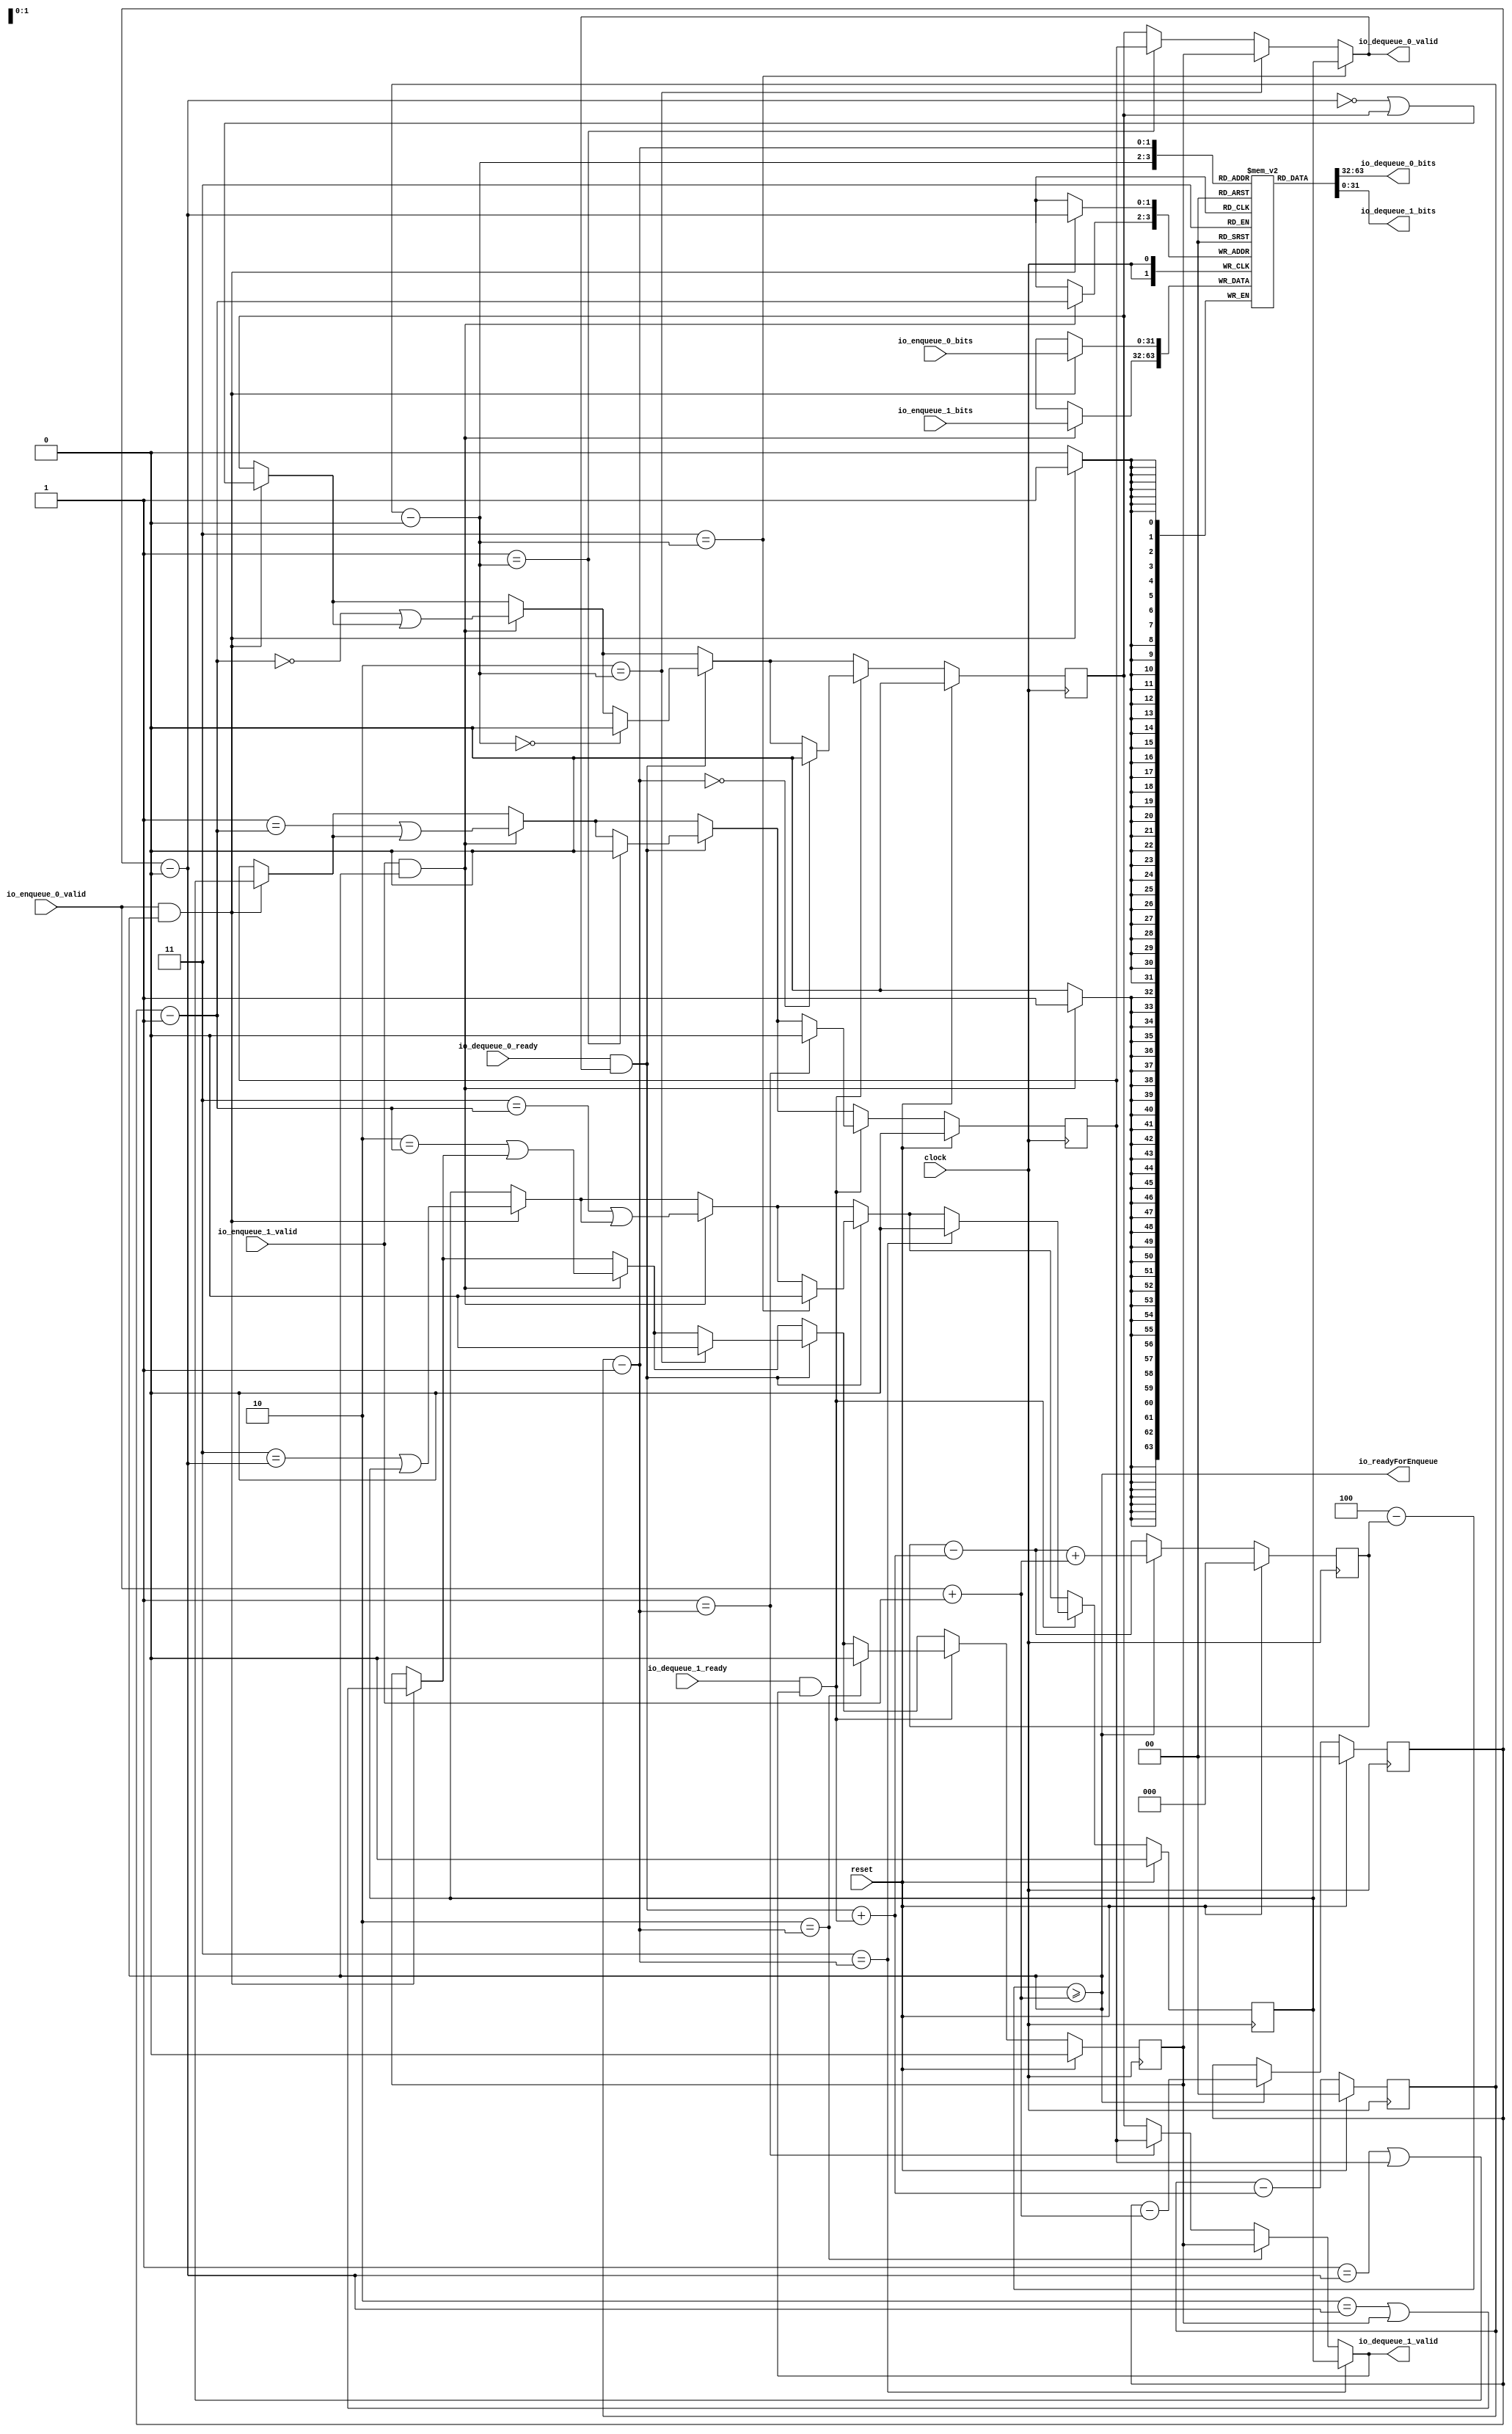
module InstructionFIFO(
  input         clock,
  input         reset,
  input         io_enqueue_0_valid,
  input  [31:0] io_enqueue_0_bits,
  input         io_enqueue_1_valid,
  input  [31:0] io_enqueue_1_bits,
  output        io_readyForEnqueue,
  input         io_dequeue_0_ready,
  output        io_dequeue_0_valid,
  output [31:0] io_dequeue_0_bits,
  input         io_dequeue_1_ready,
  output        io_dequeue_1_valid,
  output [31:0] io_dequeue_1_bits
);
`ifdef RANDOMIZE_MEM_INIT
  reg [31:0] _RAND_0;
`endif // RANDOMIZE_MEM_INIT
`ifdef RANDOMIZE_REG_INIT
  reg [31:0] _RAND_1;
  reg [31:0] _RAND_2;
  reg [31:0] _RAND_3;
  reg [31:0] _RAND_4;
  reg [31:0] _RAND_5;
  reg [31:0] _RAND_6;
  reg [31:0] _RAND_7;
`endif // RANDOMIZE_REG_INIT
  reg [31:0] dataArray [0:3]; // @[InstructionFIFO.scala 44:23]
  wire [31:0] dataArray__T_17_data; // @[InstructionFIFO.scala 44:23]
  wire [1:0] dataArray__T_17_addr; // @[InstructionFIFO.scala 44:23]
  wire [31:0] dataArray__T_20_data; // @[InstructionFIFO.scala 44:23]
  wire [1:0] dataArray__T_20_addr; // @[InstructionFIFO.scala 44:23]
  wire [31:0] dataArray__T_24_data; // @[InstructionFIFO.scala 44:23]
  wire [1:0] dataArray__T_24_addr; // @[InstructionFIFO.scala 44:23]
  wire  dataArray__T_24_mask; // @[InstructionFIFO.scala 44:23]
  wire  dataArray__T_24_en; // @[InstructionFIFO.scala 44:23]
  wire [31:0] dataArray__T_39_data; // @[InstructionFIFO.scala 44:23]
  wire [1:0] dataArray__T_39_addr; // @[InstructionFIFO.scala 44:23]
  wire  dataArray__T_39_mask; // @[InstructionFIFO.scala 44:23]
  wire  dataArray__T_39_en; // @[InstructionFIFO.scala 44:23]
  reg [2:0] size; // @[InstructionFIFO.scala 40:24]
  reg [1:0] headPTR; // @[InstructionFIFO.scala 41:24]
  reg [1:0] tailPTR; // @[InstructionFIFO.scala 42:24]
  reg  validArray_0; // @[InstructionFIFO.scala 45:27]
  reg  validArray_1; // @[InstructionFIFO.scala 45:27]
  reg  validArray_2; // @[InstructionFIFO.scala 45:27]
  reg  validArray_3; // @[InstructionFIFO.scala 45:27]
  wire [1:0] _T_2 = {io_enqueue_1_valid,io_enqueue_0_valid}; // @[InstructionFIFO.scala 54:38]
  wire  numOfEnqueueRequests = _T_2[0] + _T_2[1]; // @[InstructionFIFO.scala 54:87]
  wire [2:0] spaceLeft = 3'h4 - size; // @[InstructionFIFO.scala 57:30]
  wire [2:0] _GEN_59 = {{2'd0}, numOfEnqueueRequests}; // @[InstructionFIFO.scala 60:44]
  wire  enqueueReady = spaceLeft >= _GEN_59; // @[InstructionFIFO.scala 60:44]
  wire [1:0] _T_52 = headPTR - 2'h0; // @[InstructionFIFO.scala 93:56]
  wire  _GEN_35 = 2'h1 == _T_52 ? validArray_1 : validArray_0; // @[InstructionFIFO.scala 93:34]
  wire  _GEN_36 = 2'h2 == _T_52 ? validArray_2 : _GEN_35; // @[InstructionFIFO.scala 93:34]
  wire  dequeueResponseValidArray_0 = 2'h3 == _T_52 ? validArray_3 : _GEN_36; // @[InstructionFIFO.scala 93:34]
  wire  _T_9 = dequeueResponseValidArray_0 & io_dequeue_0_ready; // @[InstructionFIFO.scala 68:182]
  wire [1:0] _T_57 = headPTR - 2'h1; // @[InstructionFIFO.scala 93:56]
  wire  _GEN_47 = 2'h1 == _T_57 ? validArray_1 : validArray_0; // @[InstructionFIFO.scala 93:34]
  wire  _GEN_48 = 2'h2 == _T_57 ? validArray_2 : _GEN_47; // @[InstructionFIFO.scala 93:34]
  wire  dequeueResponseValidArray_1 = 2'h3 == _T_57 ? validArray_3 : _GEN_48; // @[InstructionFIFO.scala 93:34]
  wire  _T_10 = dequeueResponseValidArray_1 & io_dequeue_1_ready; // @[InstructionFIFO.scala 68:182]
  wire [1:0] _T_11 = {{1'd0}, _T_9}; // @[InstructionFIFO.scala 68:229]
  wire  _T_14 = _T_11[0] + _T_10; // @[InstructionFIFO.scala 68:229]
  wire  _T_21 = io_enqueue_0_valid & enqueueReady; // @[InstructionFIFO.scala 84:38]
  wire [1:0] _T_23 = tailPTR - 2'h0; // @[InstructionFIFO.scala 85:25]
  wire  _GEN_1 = 2'h1 == _T_23 ? validArray_1 : validArray_0; // @[InstructionFIFO.scala 86:14]
  wire  _GEN_2 = 2'h2 == _T_23 ? validArray_2 : _GEN_1; // @[InstructionFIFO.scala 86:14]
  wire  _GEN_3 = 2'h3 == _T_23 ? validArray_3 : _GEN_2; // @[InstructionFIFO.scala 86:14]
  wire  _T_27 = ~_GEN_3; // @[InstructionFIFO.scala 86:14]
  wire  _T_29 = _T_27 | reset; // @[InstructionFIFO.scala 86:13]
  wire  _T_30 = ~_T_29; // @[InstructionFIFO.scala 86:13]
  wire  _T_32 = io_enqueue_0_valid | reset; // @[InstructionFIFO.scala 87:13]
  wire  _T_33 = ~_T_32; // @[InstructionFIFO.scala 87:13]
  wire  _GEN_60 = 2'h0 == _T_23; // @[InstructionFIFO.scala 88:33]
  wire  _GEN_4 = _GEN_60 | validArray_0; // @[InstructionFIFO.scala 88:33]
  wire  _GEN_61 = 2'h1 == _T_23; // @[InstructionFIFO.scala 88:33]
  wire  _GEN_5 = _GEN_61 | validArray_1; // @[InstructionFIFO.scala 88:33]
  wire  _GEN_62 = 2'h2 == _T_23; // @[InstructionFIFO.scala 88:33]
  wire  _GEN_6 = _GEN_62 | validArray_2; // @[InstructionFIFO.scala 88:33]
  wire  _GEN_63 = 2'h3 == _T_23; // @[InstructionFIFO.scala 88:33]
  wire  _GEN_7 = _GEN_63 | validArray_3; // @[InstructionFIFO.scala 88:33]
  wire  _GEN_13 = _T_21 ? _GEN_4 : validArray_0; // @[InstructionFIFO.scala 84:55]
  wire  _GEN_14 = _T_21 ? _GEN_5 : validArray_1; // @[InstructionFIFO.scala 84:55]
  wire  _GEN_15 = _T_21 ? _GEN_6 : validArray_2; // @[InstructionFIFO.scala 84:55]
  wire  _GEN_16 = _T_21 ? _GEN_7 : validArray_3; // @[InstructionFIFO.scala 84:55]
  wire  _T_36 = io_enqueue_1_valid & enqueueReady; // @[InstructionFIFO.scala 84:38]
  wire [1:0] _T_38 = tailPTR - 2'h1; // @[InstructionFIFO.scala 85:25]
  wire  _GEN_18 = 2'h1 == _T_38 ? validArray_1 : validArray_0; // @[InstructionFIFO.scala 86:14]
  wire  _GEN_19 = 2'h2 == _T_38 ? validArray_2 : _GEN_18; // @[InstructionFIFO.scala 86:14]
  wire  _GEN_20 = 2'h3 == _T_38 ? validArray_3 : _GEN_19; // @[InstructionFIFO.scala 86:14]
  wire  _T_42 = ~_GEN_20; // @[InstructionFIFO.scala 86:14]
  wire  _T_44 = _T_42 | reset; // @[InstructionFIFO.scala 86:13]
  wire  _T_45 = ~_T_44; // @[InstructionFIFO.scala 86:13]
  wire  _T_47 = io_enqueue_1_valid | reset; // @[InstructionFIFO.scala 87:13]
  wire  _T_48 = ~_T_47; // @[InstructionFIFO.scala 87:13]
  wire  _GEN_64 = 2'h0 == _T_38; // @[InstructionFIFO.scala 88:33]
  wire  _GEN_21 = _GEN_64 | _GEN_13; // @[InstructionFIFO.scala 88:33]
  wire  _GEN_65 = 2'h1 == _T_38; // @[InstructionFIFO.scala 88:33]
  wire  _GEN_22 = _GEN_65 | _GEN_14; // @[InstructionFIFO.scala 88:33]
  wire  _GEN_66 = 2'h2 == _T_38; // @[InstructionFIFO.scala 88:33]
  wire  _GEN_23 = _GEN_66 | _GEN_15; // @[InstructionFIFO.scala 88:33]
  wire  _GEN_67 = 2'h3 == _T_38; // @[InstructionFIFO.scala 88:33]
  wire  _GEN_24 = _GEN_67 | _GEN_16; // @[InstructionFIFO.scala 88:33]
  wire  _T_53 = io_dequeue_0_ready & dequeueResponseValidArray_0; // @[InstructionFIFO.scala 94:30]
  wire  _T_58 = io_dequeue_1_ready & dequeueResponseValidArray_1; // @[InstructionFIFO.scala 94:30]
  wire [1:0] _GEN_68 = {{1'd0}, numOfEnqueueRequests}; // @[InstructionFIFO.scala 100:24]
  wire [1:0] _T_62 = tailPTR - _GEN_68; // @[InstructionFIFO.scala 100:24]
  wire [3:0] numOfDequeueElements = {{3'd0}, _T_14}; // @[InstructionFIFO.scala 67:34 InstructionFIFO.scala 68:24]
  wire [3:0] _GEN_69 = {{2'd0}, headPTR}; // @[InstructionFIFO.scala 103:22]
  wire [3:0] _T_64 = _GEN_69 - numOfDequeueElements; // @[InstructionFIFO.scala 103:22]
  wire [3:0] _GEN_70 = {{1'd0}, size}; // @[InstructionFIFO.scala 107:11]
  wire [3:0] _T_66 = _GEN_70 - numOfDequeueElements; // @[InstructionFIFO.scala 107:11]
  wire [3:0] _GEN_71 = {{3'd0}, numOfEnqueueRequests}; // @[InstructionFIFO.scala 107:34]
  wire [3:0] _T_68 = _T_66 + _GEN_71; // @[InstructionFIFO.scala 107:34]
  wire [3:0] _T_71 = enqueueReady ? _T_68 : _T_66; // @[InstructionFIFO.scala 105:14]
  assign dataArray__T_17_addr = headPTR - 2'h0;
  assign dataArray__T_17_data = dataArray[dataArray__T_17_addr]; // @[InstructionFIFO.scala 44:23]
  assign dataArray__T_20_addr = headPTR - 2'h1;
  assign dataArray__T_20_data = dataArray[dataArray__T_20_addr]; // @[InstructionFIFO.scala 44:23]
  assign dataArray__T_24_data = io_enqueue_0_bits;
  assign dataArray__T_24_addr = tailPTR - 2'h0;
  assign dataArray__T_24_mask = 1'h1;
  assign dataArray__T_24_en = io_enqueue_0_valid & enqueueReady;
  assign dataArray__T_39_data = io_enqueue_1_bits;
  assign dataArray__T_39_addr = tailPTR - 2'h1;
  assign dataArray__T_39_mask = 1'h1;
  assign dataArray__T_39_en = io_enqueue_1_valid & enqueueReady;
  assign io_readyForEnqueue = spaceLeft >= _GEN_59; // @[InstructionFIFO.scala 71:22]
  assign io_dequeue_0_valid = 2'h3 == _T_52 ? validArray_3 : _GEN_36; // @[InstructionFIFO.scala 74:25]
  assign io_dequeue_0_bits = dataArray__T_17_data; // @[InstructionFIFO.scala 75:25]
  assign io_dequeue_1_valid = 2'h3 == _T_57 ? validArray_3 : _GEN_48; // @[InstructionFIFO.scala 74:25]
  assign io_dequeue_1_bits = dataArray__T_20_data; // @[InstructionFIFO.scala 75:25]
`ifdef RANDOMIZE_GARBAGE_ASSIGN
`define RANDOMIZE
`endif
`ifdef RANDOMIZE_INVALID_ASSIGN
`define RANDOMIZE
`endif
`ifdef RANDOMIZE_REG_INIT
`define RANDOMIZE
`endif
`ifdef RANDOMIZE_MEM_INIT
`define RANDOMIZE
`endif
`ifndef RANDOM
`define RANDOM $random
`endif
`ifdef RANDOMIZE_MEM_INIT
  integer initvar;
`endif
`ifndef SYNTHESIS
`ifdef FIRRTL_BEFORE_INITIAL
`FIRRTL_BEFORE_INITIAL
`endif
initial begin
  `ifdef RANDOMIZE
    `ifdef INIT_RANDOM
      `INIT_RANDOM
    `endif
    `ifndef VERILATOR
      `ifdef RANDOMIZE_DELAY
        #`RANDOMIZE_DELAY begin end
      `else
        #0.002 begin end
      `endif
    `endif
`ifdef RANDOMIZE_MEM_INIT
  _RAND_0 = {1{`RANDOM}};
  for (initvar = 0; initvar < 4; initvar = initvar+1)
    dataArray[initvar] = _RAND_0[31:0];
`endif // RANDOMIZE_MEM_INIT
`ifdef RANDOMIZE_REG_INIT
  _RAND_1 = {1{`RANDOM}};
  size = _RAND_1[2:0];
  _RAND_2 = {1{`RANDOM}};
  headPTR = _RAND_2[1:0];
  _RAND_3 = {1{`RANDOM}};
  tailPTR = _RAND_3[1:0];
  _RAND_4 = {1{`RANDOM}};
  validArray_0 = _RAND_4[0:0];
  _RAND_5 = {1{`RANDOM}};
  validArray_1 = _RAND_5[0:0];
  _RAND_6 = {1{`RANDOM}};
  validArray_2 = _RAND_6[0:0];
  _RAND_7 = {1{`RANDOM}};
  validArray_3 = _RAND_7[0:0];
`endif // RANDOMIZE_REG_INIT
  `endif // RANDOMIZE
end // initial
`ifdef FIRRTL_AFTER_INITIAL
`FIRRTL_AFTER_INITIAL
`endif
`endif // SYNTHESIS
  always @(posedge clock) begin
    if(dataArray__T_24_en & dataArray__T_24_mask) begin
      dataArray[dataArray__T_24_addr] <= dataArray__T_24_data; // @[InstructionFIFO.scala 44:23]
    end
    if(dataArray__T_39_en & dataArray__T_39_mask) begin
      dataArray[dataArray__T_39_addr] <= dataArray__T_39_data; // @[InstructionFIFO.scala 44:23]
    end
    if (reset) begin
      size <= 3'h0;
    end else begin
      size <= _T_71[2:0];
    end
    if (reset) begin
      headPTR <= 2'h0;
    end else begin
      headPTR <= _T_64[1:0];
    end
    if (reset) begin
      tailPTR <= 2'h0;
    end else if (enqueueReady) begin
      tailPTR <= _T_62;
    end
    if (reset) begin
      validArray_0 <= 1'h0;
    end else if (_T_58) begin
      if (2'h0 == _T_57) begin
        validArray_0 <= 1'h0;
      end else if (_T_53) begin
        if (2'h0 == _T_52) begin
          validArray_0 <= 1'h0;
        end else if (_T_36) begin
          validArray_0 <= _GEN_21;
        end else if (_T_21) begin
          validArray_0 <= _GEN_4;
        end
      end else if (_T_36) begin
        validArray_0 <= _GEN_21;
      end else if (_T_21) begin
        validArray_0 <= _GEN_4;
      end
    end else if (_T_53) begin
      if (2'h0 == _T_52) begin
        validArray_0 <= 1'h0;
      end else if (_T_36) begin
        validArray_0 <= _GEN_21;
      end else if (_T_21) begin
        validArray_0 <= _GEN_4;
      end
    end else if (_T_36) begin
      validArray_0 <= _GEN_21;
    end else if (_T_21) begin
      validArray_0 <= _GEN_4;
    end
    if (reset) begin
      validArray_1 <= 1'h0;
    end else if (_T_58) begin
      if (2'h1 == _T_57) begin
        validArray_1 <= 1'h0;
      end else if (_T_53) begin
        if (2'h1 == _T_52) begin
          validArray_1 <= 1'h0;
        end else if (_T_36) begin
          validArray_1 <= _GEN_22;
        end else if (_T_21) begin
          validArray_1 <= _GEN_5;
        end
      end else if (_T_36) begin
        validArray_1 <= _GEN_22;
      end else if (_T_21) begin
        validArray_1 <= _GEN_5;
      end
    end else if (_T_53) begin
      if (2'h1 == _T_52) begin
        validArray_1 <= 1'h0;
      end else if (_T_36) begin
        validArray_1 <= _GEN_22;
      end else if (_T_21) begin
        validArray_1 <= _GEN_5;
      end
    end else if (_T_36) begin
      validArray_1 <= _GEN_22;
    end else if (_T_21) begin
      validArray_1 <= _GEN_5;
    end
    if (reset) begin
      validArray_2 <= 1'h0;
    end else if (_T_58) begin
      if (2'h2 == _T_57) begin
        validArray_2 <= 1'h0;
      end else if (_T_53) begin
        if (2'h2 == _T_52) begin
          validArray_2 <= 1'h0;
        end else if (_T_36) begin
          validArray_2 <= _GEN_23;
        end else if (_T_21) begin
          validArray_2 <= _GEN_6;
        end
      end else if (_T_36) begin
        validArray_2 <= _GEN_23;
      end else if (_T_21) begin
        validArray_2 <= _GEN_6;
      end
    end else if (_T_53) begin
      if (2'h2 == _T_52) begin
        validArray_2 <= 1'h0;
      end else if (_T_36) begin
        validArray_2 <= _GEN_23;
      end else if (_T_21) begin
        validArray_2 <= _GEN_6;
      end
    end else if (_T_36) begin
      validArray_2 <= _GEN_23;
    end else if (_T_21) begin
      validArray_2 <= _GEN_6;
    end
    if (reset) begin
      validArray_3 <= 1'h0;
    end else if (_T_58) begin
      if (2'h3 == _T_57) begin
        validArray_3 <= 1'h0;
      end else if (_T_53) begin
        if (2'h3 == _T_52) begin
          validArray_3 <= 1'h0;
        end else if (_T_36) begin
          validArray_3 <= _GEN_24;
        end else if (_T_21) begin
          validArray_3 <= _GEN_7;
        end
      end else if (_T_36) begin
        validArray_3 <= _GEN_24;
      end else if (_T_21) begin
        validArray_3 <= _GEN_7;
      end
    end else if (_T_53) begin
      if (2'h3 == _T_52) begin
        validArray_3 <= 1'h0;
      end else if (_T_36) begin
        validArray_3 <= _GEN_24;
      end else if (_T_21) begin
        validArray_3 <= _GEN_7;
      end
    end else if (_T_36) begin
      validArray_3 <= _GEN_24;
    end else if (_T_21) begin
      validArray_3 <= _GEN_7;
    end
    `ifndef SYNTHESIS
    `ifdef PRINTF_COND
      if (`PRINTF_COND) begin
    `endif
        if (_T_21 & _T_30) begin
          $fwrite(32'h80000002,"Assertion failed\n    at InstructionFIFO.scala:86 assert(!validArray(tailPTR - i.U))\n"); // @[InstructionFIFO.scala 86:13]
        end
    `ifdef PRINTF_COND
      end
    `endif
    `endif // SYNTHESIS
    `ifndef SYNTHESIS
    `ifdef STOP_COND
      if (`STOP_COND) begin
    `endif
        if (_T_21 & _T_30) begin
          $fatal; // @[InstructionFIFO.scala 86:13]
        end
    `ifdef STOP_COND
      end
    `endif
    `endif // SYNTHESIS
    `ifndef SYNTHESIS
    `ifdef PRINTF_COND
      if (`PRINTF_COND) begin
    `endif
        if (_T_21 & _T_33) begin
          $fwrite(32'h80000002,"Assertion failed\n    at InstructionFIFO.scala:87 assert(io.enqueue(i).valid)\n"); // @[InstructionFIFO.scala 87:13]
        end
    `ifdef PRINTF_COND
      end
    `endif
    `endif // SYNTHESIS
    `ifndef SYNTHESIS
    `ifdef STOP_COND
      if (`STOP_COND) begin
    `endif
        if (_T_21 & _T_33) begin
          $fatal; // @[InstructionFIFO.scala 87:13]
        end
    `ifdef STOP_COND
      end
    `endif
    `endif // SYNTHESIS
    `ifndef SYNTHESIS
    `ifdef PRINTF_COND
      if (`PRINTF_COND) begin
    `endif
        if (_T_36 & _T_45) begin
          $fwrite(32'h80000002,"Assertion failed\n    at InstructionFIFO.scala:86 assert(!validArray(tailPTR - i.U))\n"); // @[InstructionFIFO.scala 86:13]
        end
    `ifdef PRINTF_COND
      end
    `endif
    `endif // SYNTHESIS
    `ifndef SYNTHESIS
    `ifdef STOP_COND
      if (`STOP_COND) begin
    `endif
        if (_T_36 & _T_45) begin
          $fatal; // @[InstructionFIFO.scala 86:13]
        end
    `ifdef STOP_COND
      end
    `endif
    `endif // SYNTHESIS
    `ifndef SYNTHESIS
    `ifdef PRINTF_COND
      if (`PRINTF_COND) begin
    `endif
        if (_T_36 & _T_48) begin
          $fwrite(32'h80000002,"Assertion failed\n    at InstructionFIFO.scala:87 assert(io.enqueue(i).valid)\n"); // @[InstructionFIFO.scala 87:13]
        end
    `ifdef PRINTF_COND
      end
    `endif
    `endif // SYNTHESIS
    `ifndef SYNTHESIS
    `ifdef STOP_COND
      if (`STOP_COND) begin
    `endif
        if (_T_36 & _T_48) begin
          $fatal; // @[InstructionFIFO.scala 87:13]
        end
    `ifdef STOP_COND
      end
    `endif
    `endif // SYNTHESIS
  end
endmodule